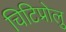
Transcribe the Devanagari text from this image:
चिटिप्रोलु